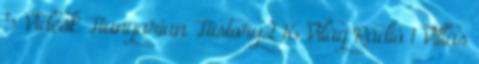
5 Videók Hungarian History2 16 Világ Rádió 1 Villás